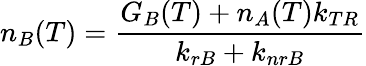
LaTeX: n_{B}(T)=\frac{G_{B}(T)+n_{A}(T)k_{TR}}{k_{rB}+k_{nrB}}